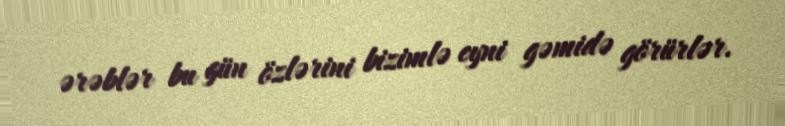
ərəblər bu gün özlərini bizimlə eyni gəmidə görürlər.